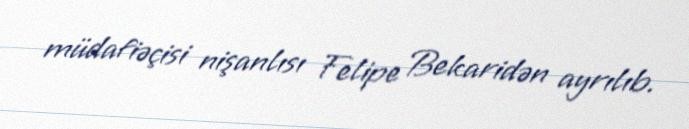
müdafiəçisi nişanlısı Felipe Bekaridən ayrılıb.